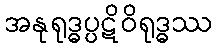
အနုရုဒ္ဓပ္ပဋိဝိရုဒ္ဓဿ